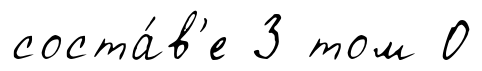
соста́в'е З том О